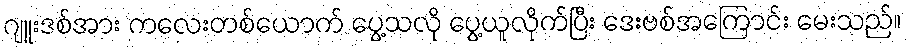
ဂျူးဒစ်အား ကလေးတစ်ယောက် ပွေ့သလို ပွေ့ယူလိုက်ပြီး ဒေးဗစ်အကြောင်း မေးသည်။